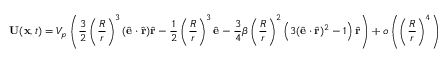
\mathbf { U } ( \mathbf { x } , t ) = V _ { p } \left( \frac { 3 } { 2 } \left( \frac { R } { r } \right) ^ { 3 } ( \hat { \mathbf { e } } \cdot \hat { \mathbf { r } } ) \hat { \mathbf { r } } - \frac { 1 } { 2 } \left( \frac { R } { r } \right) ^ { 3 } \hat { \mathbf { e } } - \frac { 3 } { 4 } \beta \left( \frac { R } { r } \right) ^ { 2 } \left( 3 ( \hat { \mathbf { e } } \cdot \hat { \mathbf { r } } ) ^ { 2 } - 1 \right) \hat { \mathbf { r } } \right) + o \left( \left( \frac { R } { r } \right) ^ { 4 } \right)